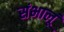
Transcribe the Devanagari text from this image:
संभालूं